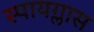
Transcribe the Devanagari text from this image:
स्पायग्लास